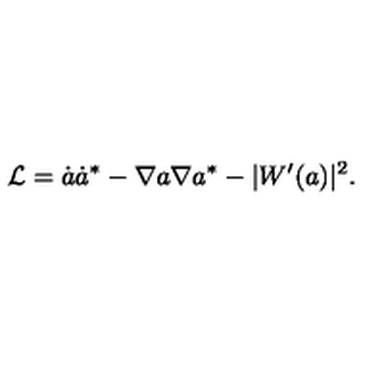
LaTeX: { \cal L } = \dot { a } \dot { a } ^ { \ast } - \nabla a \nabla a ^ { \ast } - | W ^ { \prime } ( a ) | ^ { 2 } .